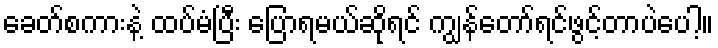
ခေတ်စကားနဲ့ ထပ်မံပြီး ပြောရမယ်ဆိုရင် ကျွန်တော်ရင်ဖွင့်တာပဲပေါ့။